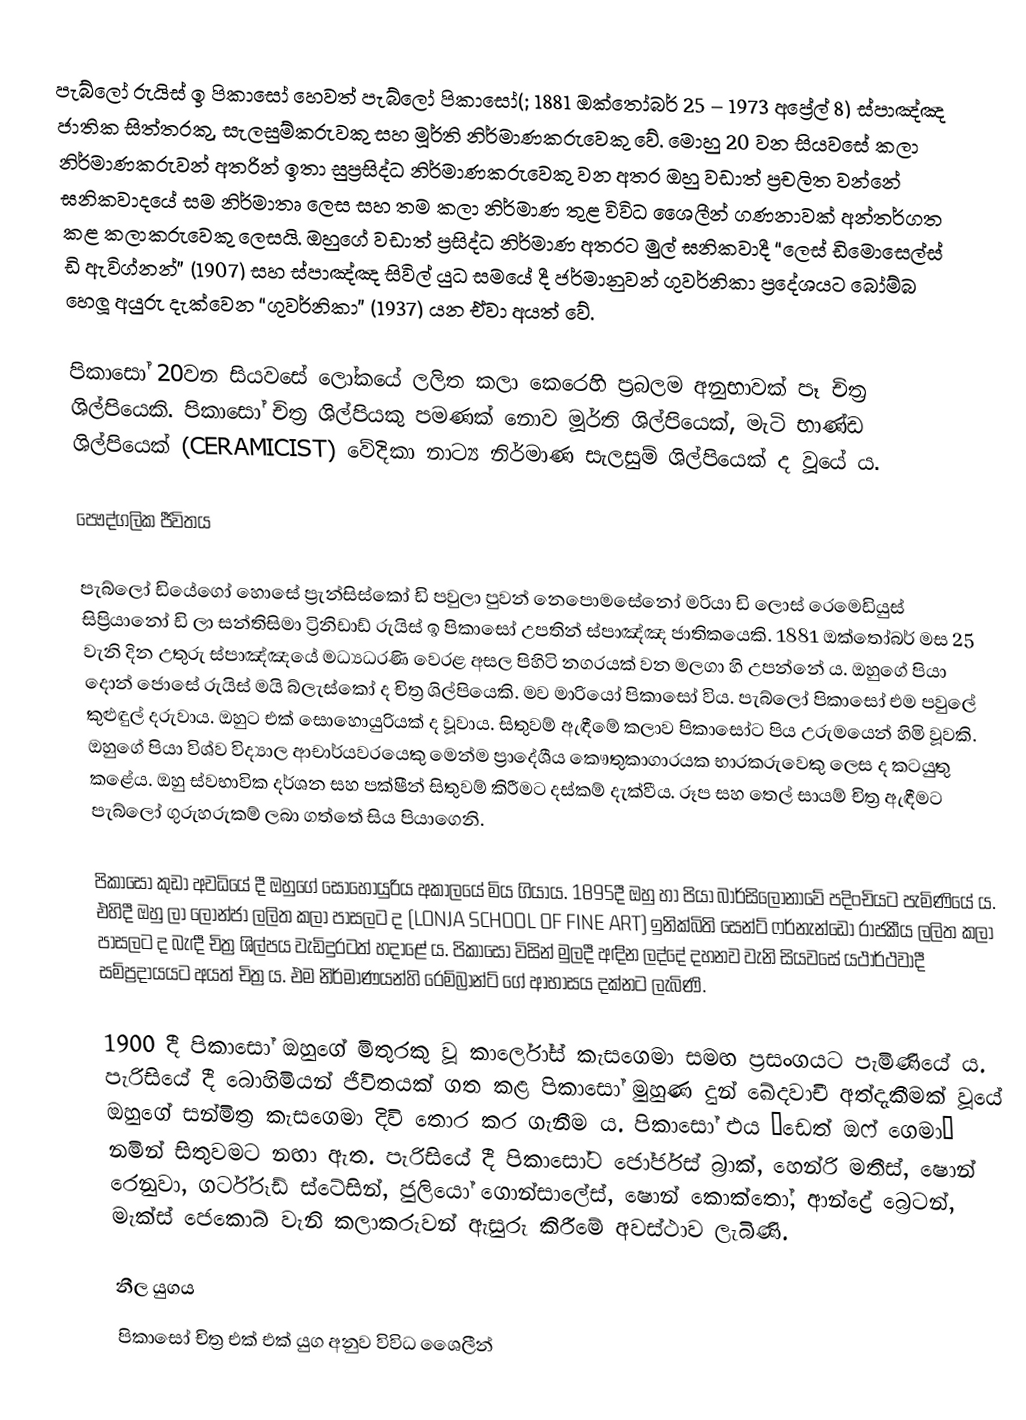
පැබ්ලෝ රුයිස් ඉ පිකාසෝ හෙවත් පැබ්ලෝ පිකාසෝ(; 1881 ඔක්තෝබර් 25 – 1973 අප්‍රේල් 8)  ස්පාඤ්ඤ ජාතික සිත්තරකු, සැලසුම්කරුවකු සහ මූර්ති නිර්මාණකරුවෙකු වේ. මොහු 20 වන සියවසේ කලා නිර්මාණකරුවන් අතරින් ඉතා සුප්‍රසිද්ධ නිර්මාණකරුවෙකු වන අතර ඔහු වඩාත් ප්‍රචලිත වන්නේ ඝනිකවාදයේ සම නිර්මාතෘ ලෙස සහ තම කලා නිර්මාණ තුළ විවිධ ශෛලීන් ගණනාවක් අන්තර්ගත කළ කලාකරුවෙකු ලෙසයි. ඔහුගේ වඩාත් ප්‍රසිද්ධ නිර්මාණ අතරට මුල් ඝනිකවාදී “ලෙස් ඩිමොසෙල්ස් ඩි ඇවිග්නන්” (1907) සහ ස්පාඤ්ඤ සිවිල් යුධ සමයේ දී ජර්මානුවන් ගුවර්නිකා ප්‍රදේශයට බෝම්බ හෙලූ අයුරු දැක්වෙන “ගුවර්නිකා” (1937) යන ඒවා අයත් වේ.

පිකාසෝ 20වන සියවසේ ලෝකයේ ලලිත කලා කෙරෙහි ප්‍රබලම අනුභාවක් පෑ චිත්‍ර ශිල්පියෙකි. පිකාසෝ චිත්‍ර ශිල්පියකු පමණක් නොව මූර්ති ශිල්පියෙක්, මැටි භාණ්ඩ ශිල්පියෙක් (CERAMICIST) වේදිකා නාට්‍ය නිර්මාණ සැලසුම් ශිල්පියෙක් ද වූයේ ය.

පෞද්ගලික ජීවිතය

පැබ්ලෝ ඩියේගෝ හොසේ ප්‍රැන්සිස්කෝ ඩි පවුලා පුවන් නෙපොමසේනෝ මරියා ඩි ලොස් රෙමෙඩියුස් සිප්‍රියානෝ ඩි ලා සන්තිසිමා ට්‍රිනිඩාඩ් රුයිස් ඉ පිකාසෝ උපතින් ස්පාඤ්ඤ ජාතිකයෙකි. 1881 ඔක්තෝබර් මස 25 වැනි දින උතුරු ස්පාඤ්ඤයේ මධ්‍යධරණි වෙරළ අසල පිහිටි නගරයක් වන මලගා හි උපන්නේ ය. ඔහුගේ පියා දොන් ජොසේ රුයිස් මයි බ්ලැස්කෝ ද චිත්‍ර ශිල්පියෙකි. මව මාරියෝ පිකාසෝ විය. පැබ්ලෝ පිකාසෝ එම පවුලේ කුළුඳුල් දරුවාය. ඔහුට එක් සොහොයුරියක් ද වූවාය. සිතුවම් ඇඳීමේ කලාව පිකාසෝට පිය උරුමයෙන් හිමි වූවකි. ඔහුගේ පියා විශ්ව විද්‍යාල ආචාර්යවරයෙකු මෙන්ම ප්‍රාදේශීය කෞතුකාගාරයක භාරකරුවෙකු ලෙස ද කටයුතු කළේය. ඔහු ස්වභාවික දර්ශන සහ පක්ෂීන් සිතුවම් කිරීමට දස්කම් දැක්වීය. රූප සහ තෙල් සායම් චිත්‍ර ඇඳීමට පැබ්ලෝ ගුරුහරුකම් ලබා ගත්තේ සිය පියාගෙනි.

පිකාසෝ කුඩා අවධියේ දී ඔහුගේ සොහොයුරිය අකාලයේ මිය ගියාය. 1895දී ඔහු හා පියා බාර්සිලෝනාවේ පදිංචියට පැමිණියේ ය. එහිදී ඔහු ලා ලොන්ජා ලලිත කලා පාසලට ද (LONJA SCHOOL OF FINE ART) ඉනික්බිති සෙන්ට් ෆර්නැන්ඩෝ රාජකීය ලලිත කලා පාසලට ද බැඳී චිත්‍ර ශිල්පය වැඩිදුරටත් හදාළේ ය. පිකාසෝ විසින් මුලදී අඳින ලද්දේ දහනව වැනි සියවසේ යථාර්ථවාදී සම්ප්‍රදායයට අයත් චිත්‍ර ය. එම නිර්මාණයන්හි රෙම්බ්‍රාන්ට් ගේ ආභාසය දක්නට ලැබිණි.

1900 දී පිකාසෝ ඔහුගේ මිතුරකු වූ කාර්ලෝස් කැසගෙමා සමඟ ප්‍රසංගයට පැමිණියේ ය. පැරිසියේ දී බොහිමියන් ජීවිතයක් ගත කළ පිකාසෝ මුහුණ දුන් ඛේදවාචී අත්දැකීමක් වූයේ ඔහුගේ සන්මිත්‍ර කැසගෙමා දිවි තොර කර ගැනීම ය. පිකාසෝ එය ‘ඩෙත් ඔෆ් ගෙමා’ නමින් සිතුවමට නඟා ඇත. පැරිසියේ දී පිකාසෝට ජෝර්ජස් බ්‍රාක්, හෙන්රි මතීස්, ෂොන් රෙනුවා, ගර්ට්රූඩ් ස්ටේසින්, ජුලියෝ ගොන්සාලේස්, ෂොන් කොක්තෝ, ආන්ද්‍රේ බ්‍රෙටන්, මැක්ස් ජෙකොබ් වැනි කලාකරුවන් ඇසුරු කිරීමේ අවස්ථාව ලැබිණි.

නීල යුගය
පිකාසෝ චිත්‍ර එක් එක් යුග අනුව විවිධ ශෛලීන්